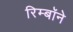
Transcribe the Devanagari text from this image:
रिम्बॉने